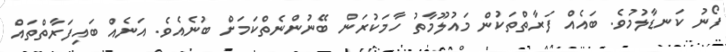
ފޯނު ކަނޑާލުމުވެ. ބައެއް ފަރާތްތަކުން މައުލޫމާތު ހާމަކުރަން ބޭނުންނެތްކަމަށް ބުނެއެވެ. އަނެއް ބައިފަރާތްތައް